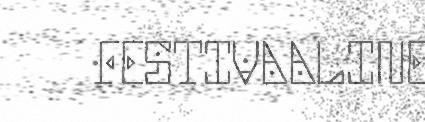
FESTIVAALINE